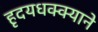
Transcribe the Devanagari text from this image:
हृदयधक्क्याने